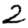
Digit: 2